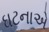
ઘટનાએ